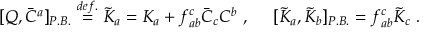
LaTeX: [ Q , \bar { C } ^ { a } ] _ { P . B . } \stackrel { d e f . } { = } \tilde { K } _ { a } = K _ { a } + f _ { a b } ^ { c } \bar { C } _ { c } C ^ { b } ~ , ~ ~ ~ ~ [ \tilde { K } _ { a } , \tilde { K } _ { b } ] _ { P . B . } = f _ { a b } ^ { c } \tilde { K } _ { c } ~ .